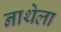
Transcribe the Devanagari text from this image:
नाथेला